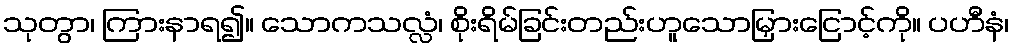
သုတွာ၊ ကြားနာရ၍။ သောကသလ္လံ၊ စိုးရိမ်ခြင်းတည်းဟူသောမြှားငြောင့်ကို။ ပဟီနံ၊